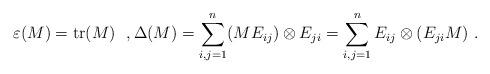
LaTeX: \begin{align*} \varepsilon(M) = \mathrm{tr}(M) ~~,\Delta(M) = \sum_{i,j=1}^n (ME_{ij}) \otimes E_{ji} = \sum_{i,j=1}^n E_{ij} \otimes (E_{ji}M) \ .\end{align*}